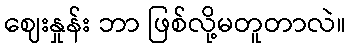
ဈေးနှုန်း ဘာ ဖြစ်လို့မတူတာလဲ။